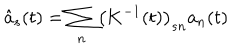
LaTeX: \hat { a } _ { s } ( t ) = \sum _ { n } \left( { \bf K } ^ { - 1 } ( t ) \right) _ { s n } a _ { n } ( t )